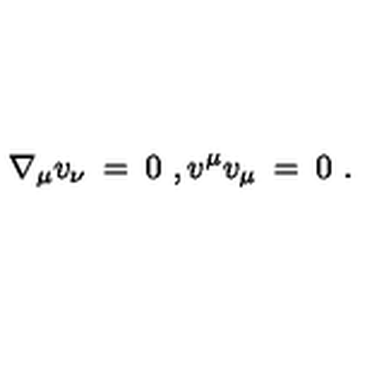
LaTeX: \nabla _ { \mu } v _ { \nu } \: = \: 0 \ , v ^ { \mu } v _ { \mu } \: = \: 0 \ .